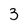
Character: 3